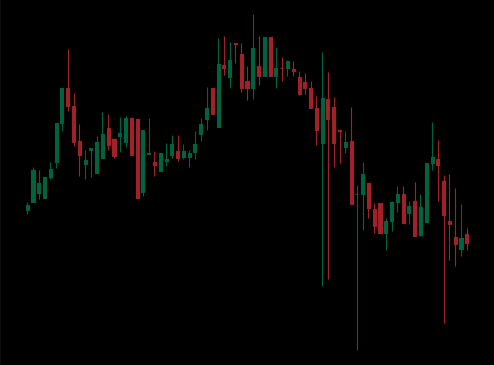
Pattern: head_shoulders